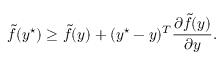
\tilde { f } ( y ^ { \star } ) \geq \tilde { f } ( y ) + ( y ^ { \star } - y ) ^ { T } \frac { \partial \tilde { f } ( y ) } { \partial y } .